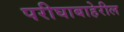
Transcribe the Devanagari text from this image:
परीघाबाहेरील